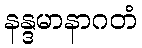
နန္ဒမာနာဂတံ